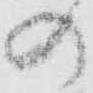
の